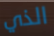
الذي